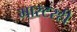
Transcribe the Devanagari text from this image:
मास्टरही